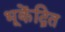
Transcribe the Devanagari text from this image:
भूकेंद्रित